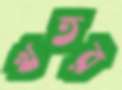
খতর